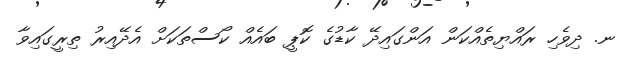
ނ. ދިވެހި ރައްޔިތެއްކަން އަންގައިދޭ ކާޑުގެ ކޮޕީ ބައެއް ކޯސްތަކަށް އެދޭއިރު ތިރީގައިވާ